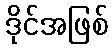
ဒိုင်အဖြစ်